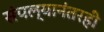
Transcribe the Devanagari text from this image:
संपल्यानंतरही